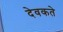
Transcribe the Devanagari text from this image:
देवकते